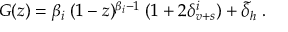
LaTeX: G ( z ) = \beta _ { i } \; ( 1 - z ) ^ { \beta _ { i } - 1 } \; ( 1 + 2 \delta _ { v + s } ^ { i } ) + \tilde { \delta } _ { h } \; .